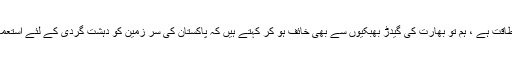
چین تو پھر ایک سپر طاقت ہے ، ہم تو بھارت کی گیدڑ بھبکیوں سے بھی خائف ہو کر کہتے ہیں کہ پاکستان کی سر زمین کو دہشت گردی کے لئے استعمال نہیں ہونے دیں گے۔